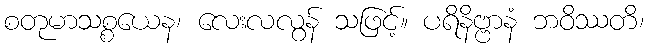
စတုမာသစ္စယေန၊ လေးလလွန် သဖြင့်။ ပရိနိဗ္ဗာနံ ဘဝိဿတိ၊